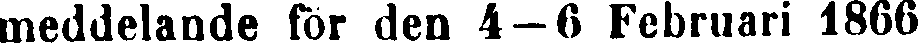
meddelande för den 4—6 Februari 1866